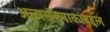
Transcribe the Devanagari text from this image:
अल्पसंख्याकांबद्दल